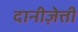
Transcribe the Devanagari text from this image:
दानीज़ेत्ती